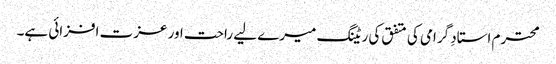
محترم استادِ گرامی کی متفق کی ریٹنگ میرے لیے راحت اور عزت افزائی ہے۔